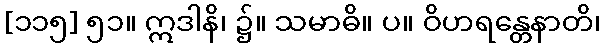
[၁၁၅] ၅၁။ ဣဒါနိ၊ ၌။ သမာဓိ။ ပ။ ဝိဟရန္တေနာတိ၊